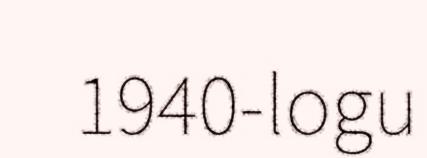
1940-logu